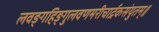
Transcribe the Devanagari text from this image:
लवङ्गहिङ्गुलवणमरीचार्द्रकसंयुतम्॥